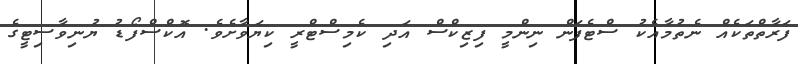
ފަރާތްތަކެއް ނެތުމާއެކު ސްޓެފަން ނިންމީ ފިޒިކްސް އަދި ކެމިސްޓްރީ ކިޔަވާށެވެ. އޮކްސްފޯޑު ޔުނިވާސިޓީގެ